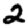
Digit: 2